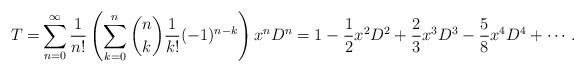
LaTeX: \begin{align*}T=&\sum_{n=0}^\infty\frac{1}{n!}\left(\sum_{k=0}^n \binom{n}{k}\frac{1}{k!}(-1)^{n-k}\right)x^nD^n=1-\frac{1}{2}x^2D^2+\frac{2}{3}x^3D^3-\frac{5}{8}x^4D^4+\cdots. \end{align*}